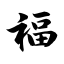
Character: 福